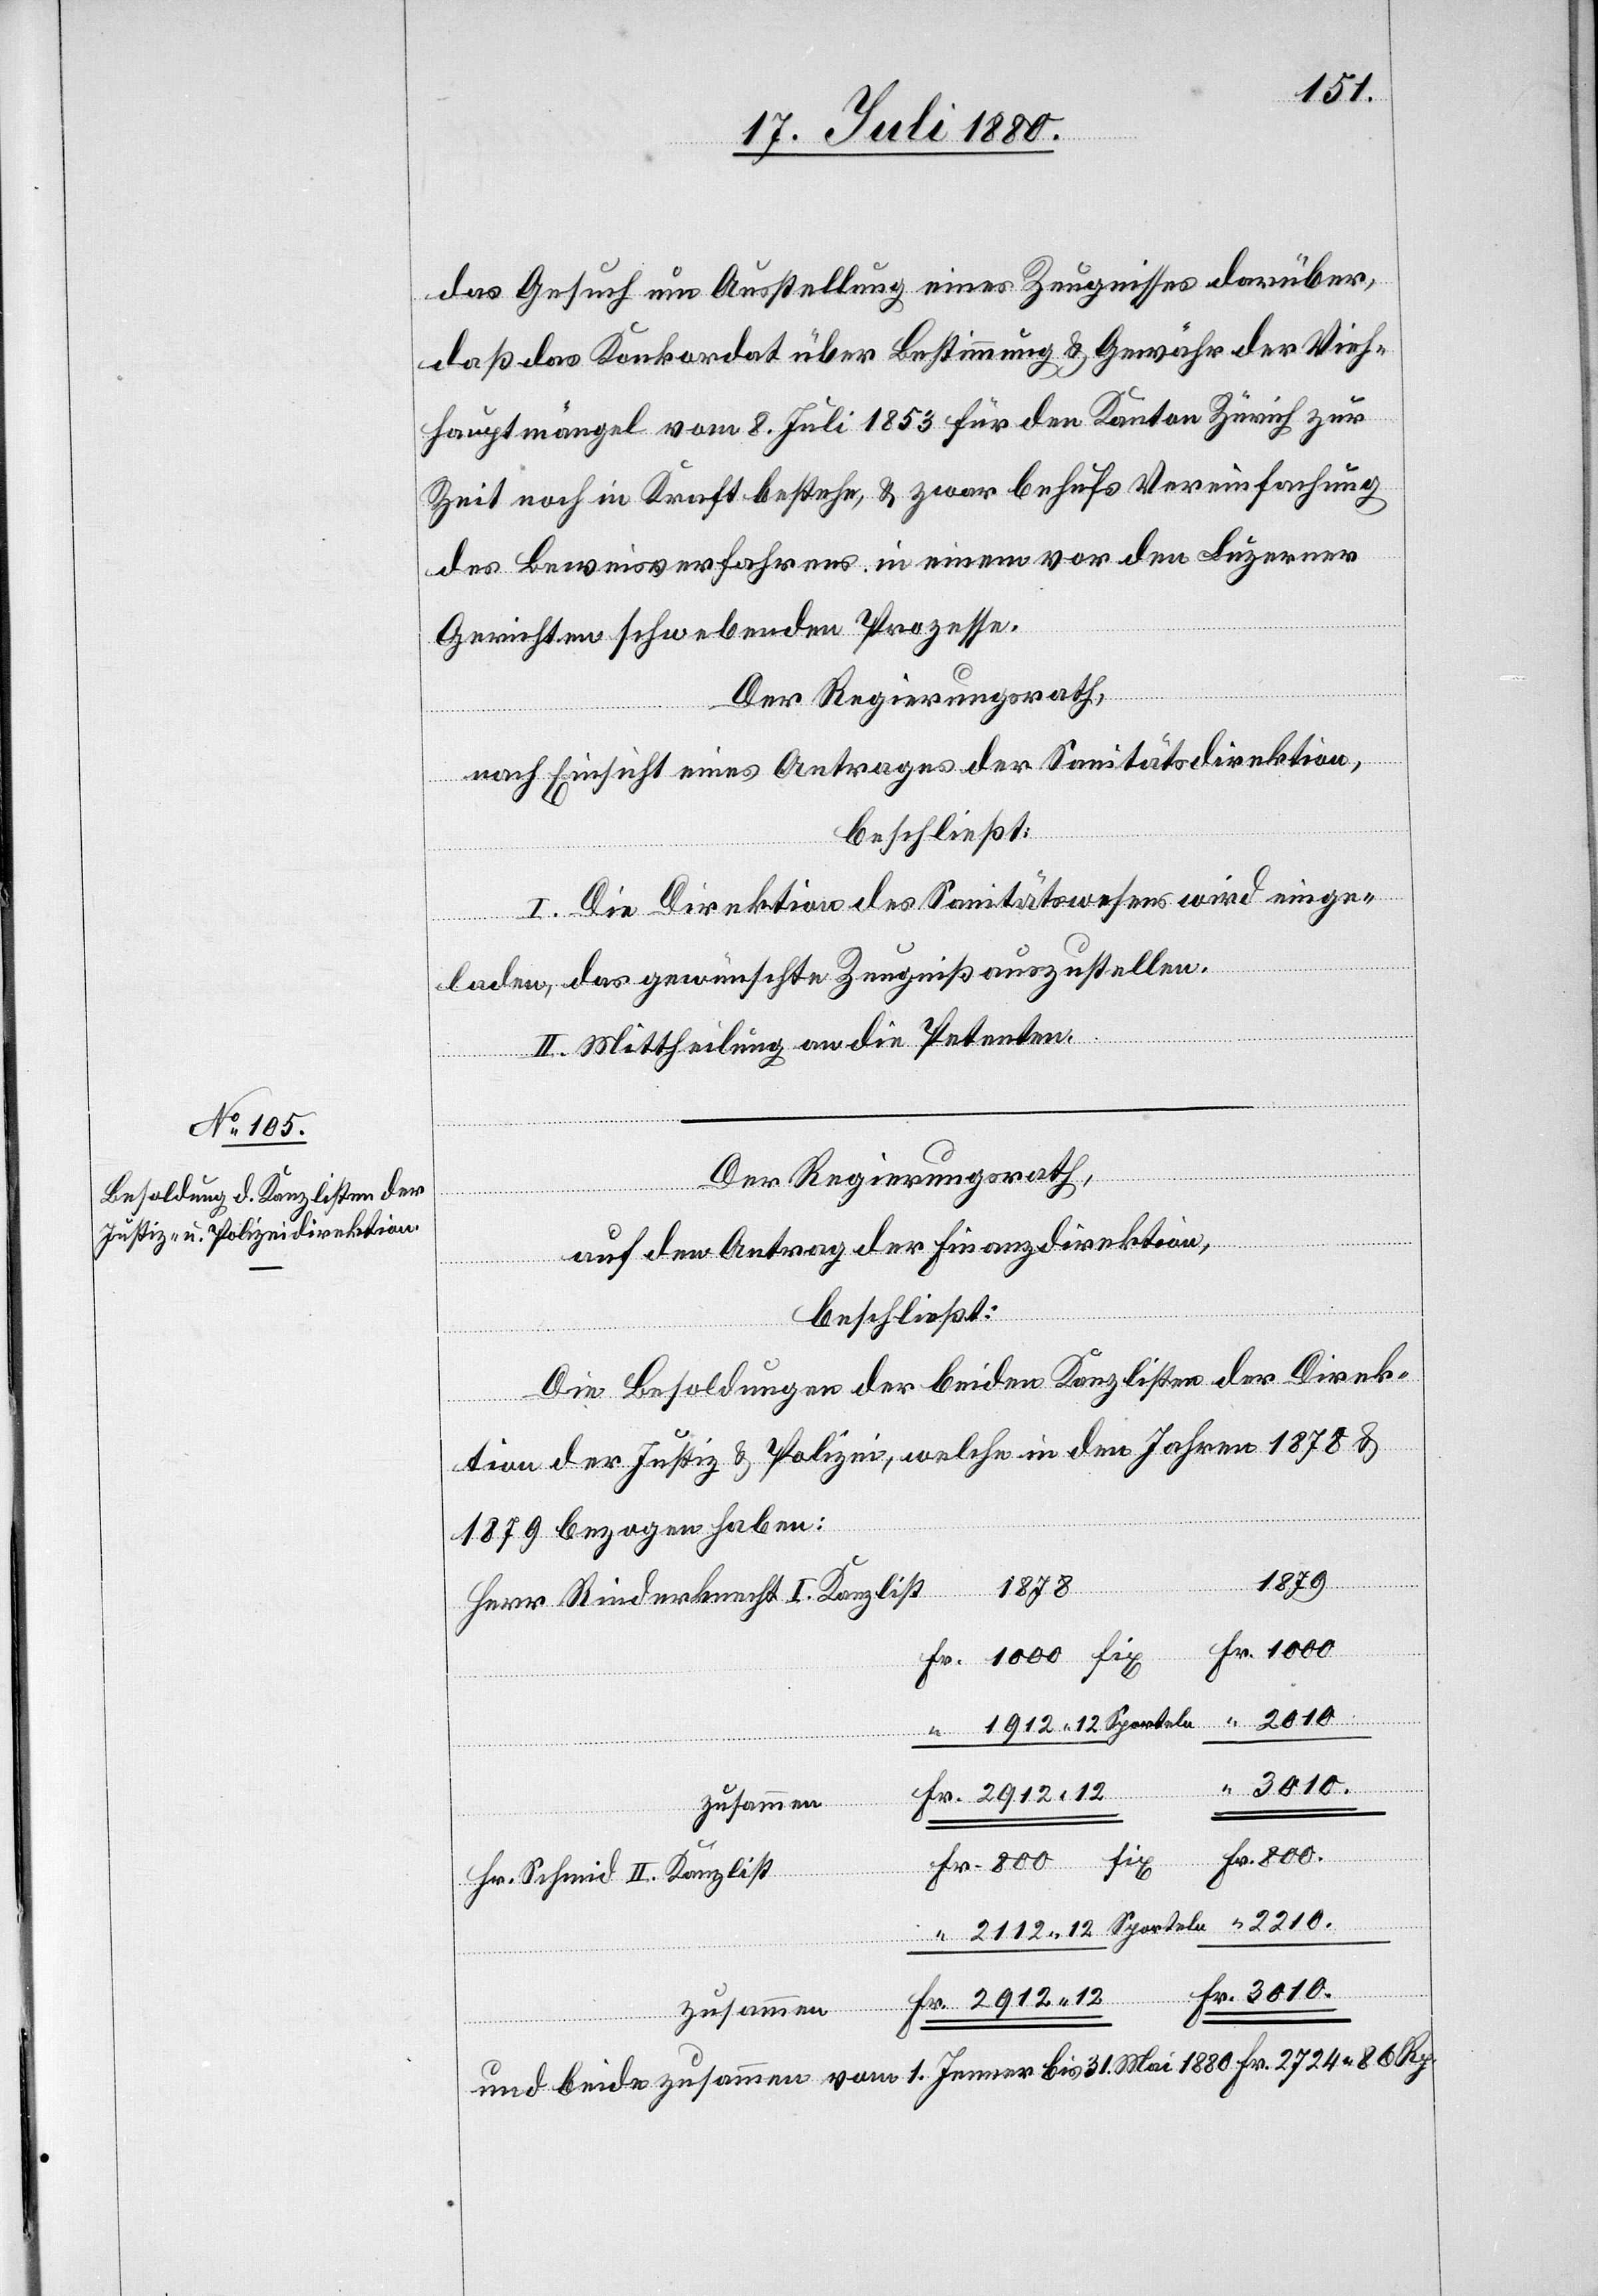
3010.
das Gesuch um Ausstellung eines Zeugnisses darüber
daß das Konkordat über Bestimmung & Gewähr der Vieh¬
hauptmängel vom 8. Juli 1853 für den Kanton Zürich zur
Zeit noch in Kraft bestehe, & zwar behufs Vereinfachung
des Beweisverfahrens in einem vor den Luzerner
Gerichten schwebenden Prozesse.
Der Regierungsrath,
nach Einsicht eines Antrages der Sanitätsdirektion,
beschließt:
I. Die Direktion des Sanitätswesens wird einge¬
laden, das gewünschte Zeugniß auszustellen.
II. Mittheilung an die Petenten.
Der Regierungsrath,
auf den Antrag der Finanzdirektion,
beschließt:
Die Besoldung der beiden Kanzlisten der Direk¬
Sporteln
tion der Justiz & Polizei, welche in den Jahren 1878 &
1879 bezogen haben:
1879
1878
Herr Rinderknecht I. Kanzlist
“
2210
3010.
Hr. Schmid II. Kanzlist
2912 12
Fr.
zusammen
und beide zusammen vom 1. Januar bis 31. Mai 1880 Fr. 2724 80 Rp.